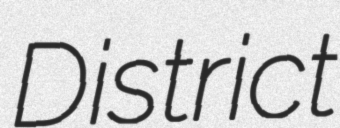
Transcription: District